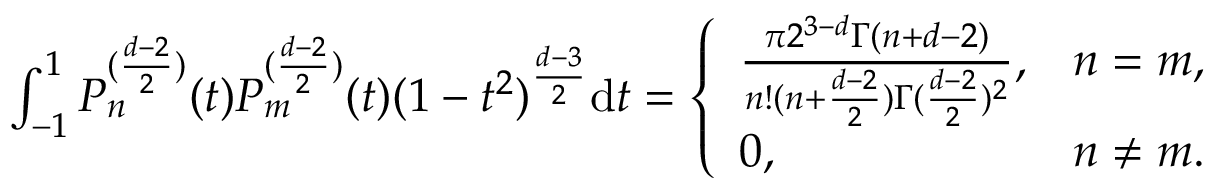
\begin{array} { r } { \int _ { - 1 } ^ { 1 } P _ { n } ^ { ( \frac { d - 2 } { 2 } ) } ( t ) P _ { m } ^ { ( \frac { d - 2 } { 2 } ) } ( t ) ( 1 - t ^ { 2 } ) ^ { \frac { d - 3 } { 2 } } \mathrm { d } t = \left\{ \begin{array} { l l } { \frac { \pi 2 ^ { 3 - d } \Gamma ( n + d - 2 ) } { n ! ( n + \frac { d - 2 } { 2 } ) \Gamma ( \frac { d - 2 } { 2 } ) ^ { 2 } } , } & { n = m , } \\ { 0 , } & { n \ne m . } \end{array} \right. } \end{array}